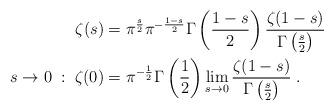
LaTeX: \begin{align*}\zeta(s) &= \pi^{\frac{s}{2}}\pi^{-\frac{1-s}{2}}\Gamma\left(\frac{1-s}{2}\right)\frac{\zeta(1-s)}{\Gamma\left(\frac{s}{2}\right)}\\s\rightarrow 0\;:\; \zeta(0) &= \pi^{-\frac{1}{2}}\Gamma\left(\frac{1}{2}\right)\lim_{s\rightarrow 0}\frac{\zeta(1-s)}{\Gamma\left(\frac{s}{2}\right)}\;.\end{align*}